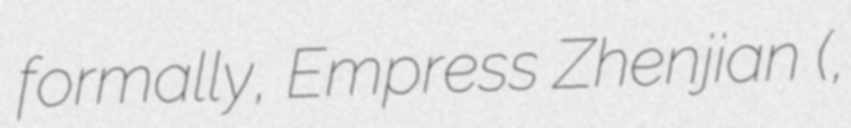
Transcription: formally, Empress Zhenjian (貞簡皇后,